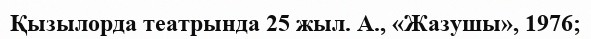
Қызылорда театрында 25 жыл. А., «Жазушы», 1976;